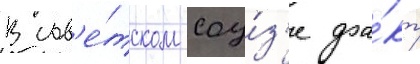
В сов'е́тском соу́з'е фа́кт